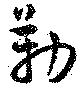
勒